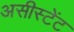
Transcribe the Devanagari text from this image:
असीस्टेंट